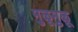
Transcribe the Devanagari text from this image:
मुळूमुळू